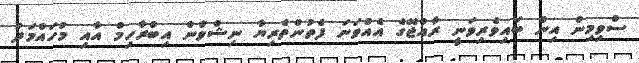
ސްވިމިން އިން ބައިވެރިވަނީ ރާއްޖޭގެ އެއްވަނަ ފެތުންތެރިޔާ ނިޝްވާން އިބްރާހިމް އާއި މުހައްމަދު